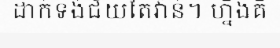
ដាក់ទង់ជ័យតៃវ៉ាន់។ ហ្នឹងគឺ